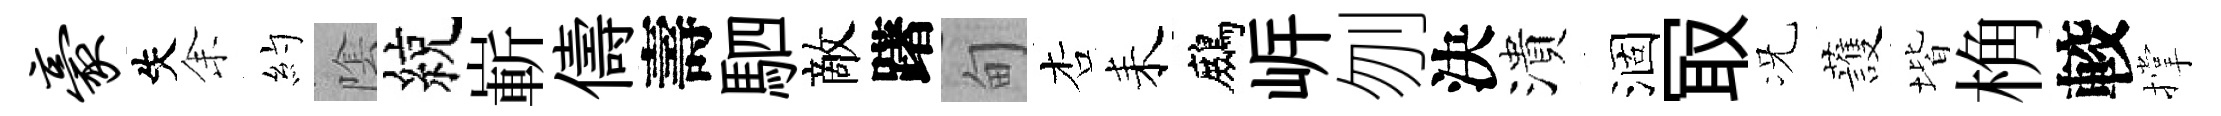
豪失𪜬約隂綂嶄儔壽駟敵躇甸杏耒鷓㟁刎決潰涸冣况䕶堦桷較撑